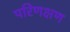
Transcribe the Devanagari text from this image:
परिणक्षण